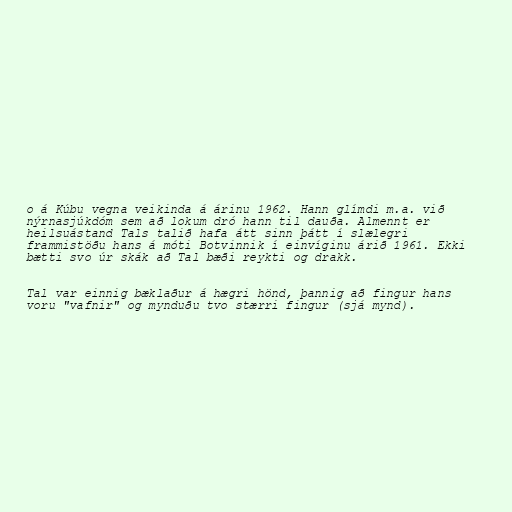
o á Kúbu vegna veikinda á árinu 1962. Hann glímdi m.a. við
nýrnasjúkdóm sem að lokum dró hann til dauða. Almennt er
heilsuástand Tals talið hafa átt sinn þátt í slælegri
frammistöðu hans á móti Botvinnik í einvíginu árið 1961. Ekki
bætti svo úr skák að Tal bæði reykti og drakk.

Tal var einnig bæklaður á hægri hönd, þannig að fingur hans
voru "vafnir" og mynduðu tvo stærri fingur (sjá mynd).